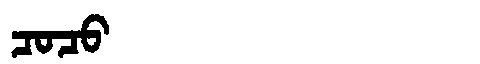
Manchu: ᠴᠣᠴᠣ
Romanization: COCO